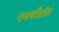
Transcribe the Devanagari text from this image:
एनचीडोस